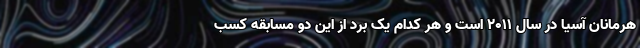
هرمانان آسیا در سال 2011 است و هر کدام یک برد از این دو مسابقه کسب